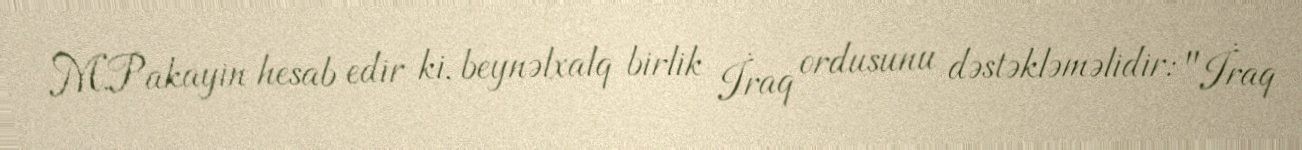
M.Pakayin hesab edir ki, beynəlxalq birlik İraq ordusunu dəstəkləməlidir: "İraq